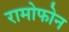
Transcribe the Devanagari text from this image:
रामोफोन